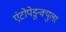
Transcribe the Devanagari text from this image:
एंटोपेडुन्क्युलर